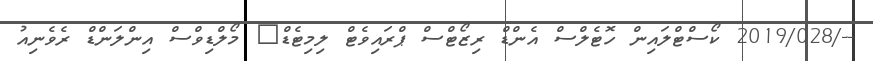
--/2019/028 ކޯސްޓްލައިން ހޮޓެލްސް އެންޑް ރިޒޯޓްސް ޕްރައިވެޓް ލިމިޓެޑް	 މޯލްޑިވްސް އިންލަންޑް ރެވެނިއު